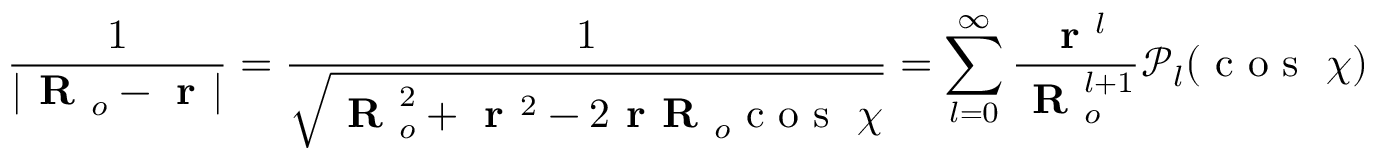
\frac { 1 } { | \textbf { R } _ { o } - \textbf { r } | } = \frac { 1 } { \sqrt { \textbf { R } _ { o } ^ { 2 } + \textbf { r } ^ { 2 } - 2 \textbf { r R } _ { o } \textrm { c o s } \ \chi } } = \sum _ { l = 0 } ^ { \infty } \frac { \textbf { r } ^ { l } } { \textbf { R } _ { o } ^ { l + 1 } } \mathcal { P } _ { l } ( \textrm { c o s } \ \chi )